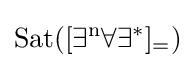
{\rm {{Sat}([\exists ^{n}\forall \exists ^{*}]_{=})}}